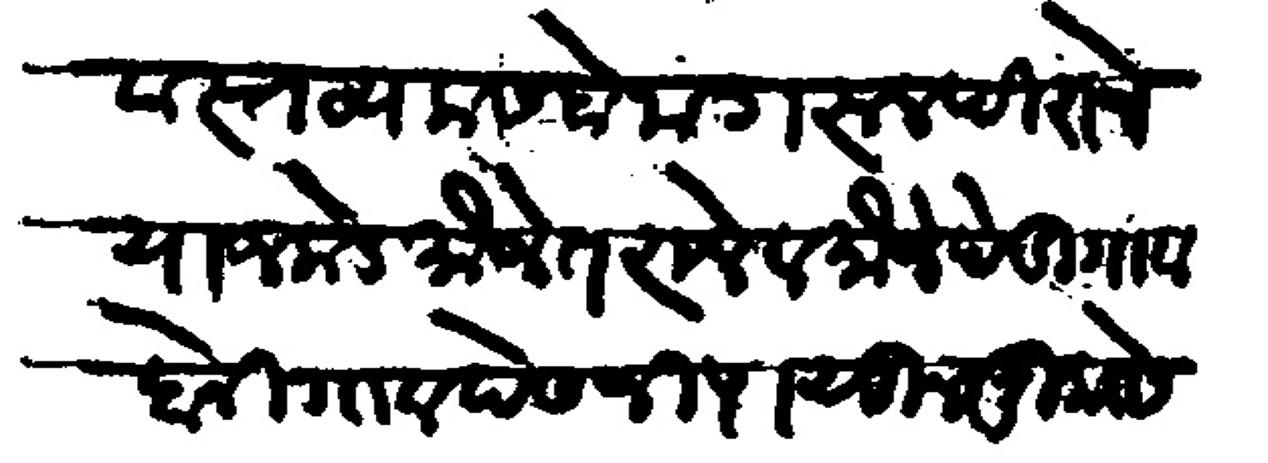
Transliteration (Devanagari): वास्तव्य कसबे मंगरुळ पिराचे याजकडे मौजे तराळे व मौजे पेडगाव दोनी गाव पेसजी पासून मुकासे